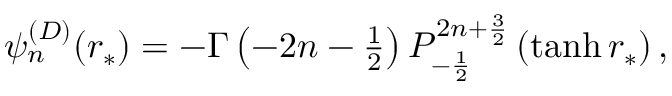
\begin{array} { r } { \psi _ { n } ^ { ( D ) } ( r _ { * } ) = - \Gamma \left( - 2 n - \frac { 1 } { 2 } \right) P _ { - \frac { 1 } { 2 } } ^ { 2 n + \frac { 3 } { 2 } } \left( \operatorname { t a n h } r _ { * } \right) , } \end{array}